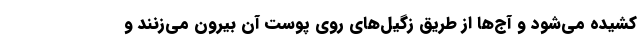
کشیده می‌شود و آج‌ها از طریق زگیل‌های روی پوست آن بیرون می‌زنند و